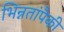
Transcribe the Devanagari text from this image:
भिन्नतांपैकी